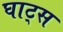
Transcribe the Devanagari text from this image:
घाट्स